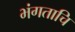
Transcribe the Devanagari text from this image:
भंगताचि